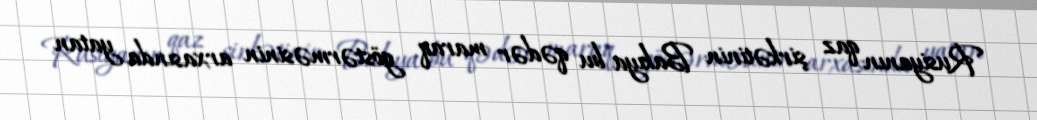
Rusiyanın qaz şirkətinin Bakıya bu qədər maraq göstərməsinin arxasında yatan